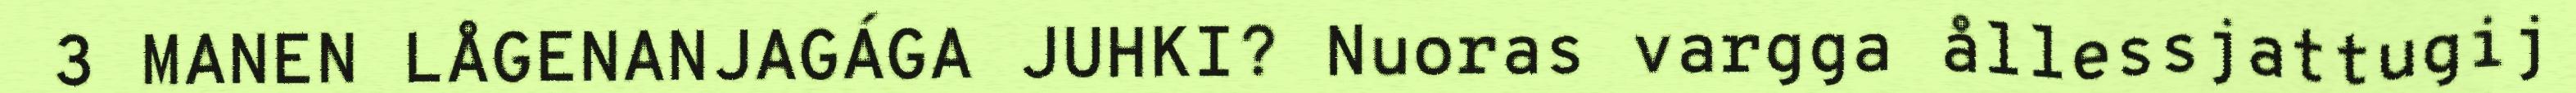
3 MANEN LÅGENANJAGÁGA JUHKI? Nuoras vargga ållessjattugij